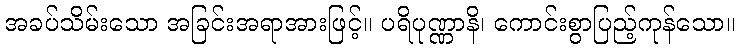
အခပ်သိမ်းသော အခြင်းအရာအားဖြင့်။ ပရိပုဏ္ဏာနိ၊ ကောင်းစွာပြည့်ကုန်သော။